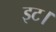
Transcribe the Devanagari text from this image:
इट।